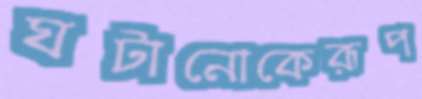
ঘটানোকেরূপ